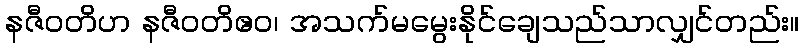
နဇီဝတိဟ နဇီဝတိဧဝ၊ အသက်မမွေးနိုင်ချေသည်သာလျှင်တည်း။